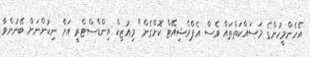
އެހެންމީހުންގެ މަސައްކަތްތައް ވެސް އެޕްރެޝިއޭޓް ކޮށްގެން" މިއުޒިކް އިންޑްސްޓްރީ އަށް ނިކުންނަށް ބޭނުންވާ